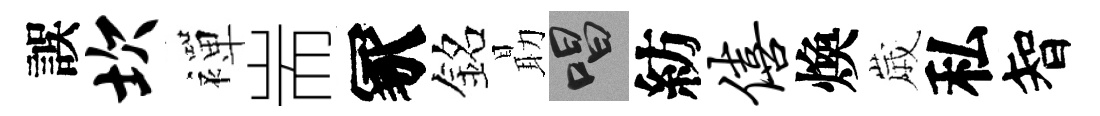
誤坎襌耑冢銘朂唱紡僖煥𡻕私智